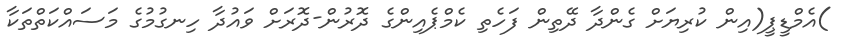
)އެމްޑީޕީ(އިން ކުރިޔަށް ގެންދާ ދޭތިން ފަހެތި ކެމްޕެއިންގެ ދޮރުން-ދޮރަށް ވައުދާ ހިނގުމުގެ މަސައްކަތްތަކާ